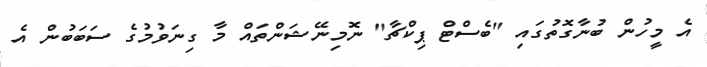
އެ މީހުން ބުނާގޮތުގައި "ބެސްޓް ޕިކްޗާ" ނޮމިނޭޝަންތައް މާ ގިނަވުމުގެ ސަބަބުން އެ